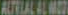
ALTELALALT